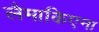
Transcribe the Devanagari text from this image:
लैमाकिएना